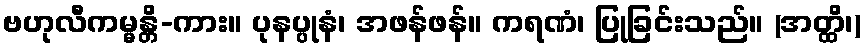
ဗဟုလီကမ္မန္တိ-ကား။ ပုနပ္ပုနံ၊ အဖန်ဖန်။ ကရဏံ၊ ပြုခြင်းသည်။ (အတ္ထိ၊)